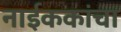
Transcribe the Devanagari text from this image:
नाईककांचा